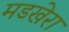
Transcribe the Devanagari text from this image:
मडखेरा